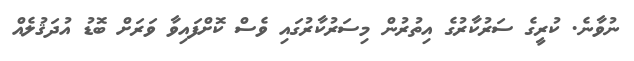
ނުވާނެ. ކުރީގެ ސަރުކާރުގެ އިތުރުން މިސަރުކާރުގައި ވެސް ކޮށްފައިވާ ވަރަށް ބޮޑު އުދަޤުލެއް